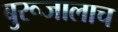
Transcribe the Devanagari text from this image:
बुरूजालाच